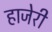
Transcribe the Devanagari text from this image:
हाजेरी